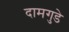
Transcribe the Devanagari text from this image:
दामगुडे